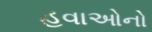
હવાઓનો